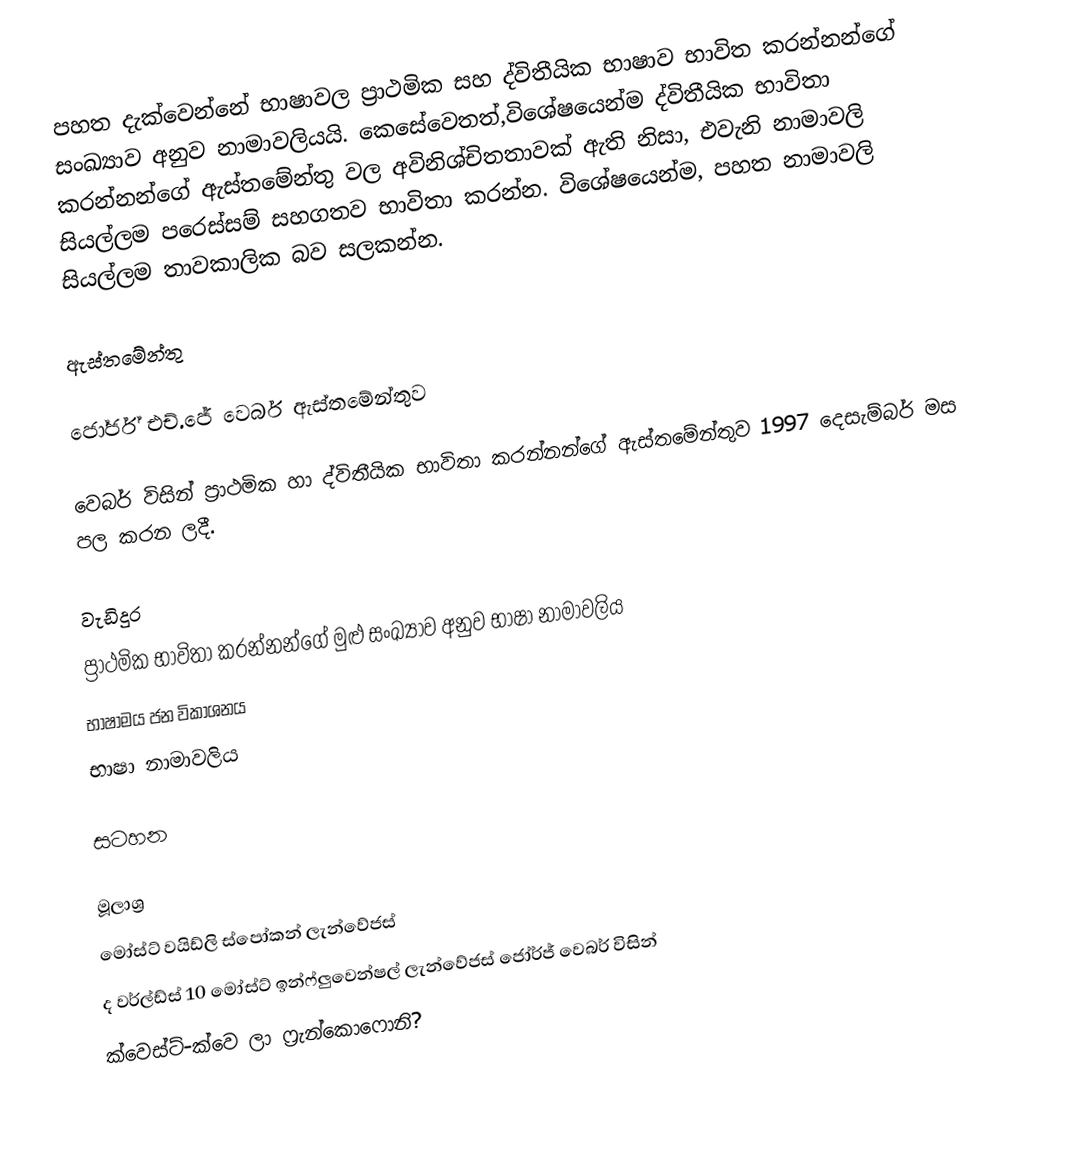
පහත දැක්වෙන්නේ භාෂාවල ප්‍රාථමික සහ ද්විතීයික භාෂාව භාවිත කරන්නන්ගේ සංඛ්‍යාව අනුව නාමාවලියයි. කෙසේවෙතත්,විශේෂයෙන්ම  ද්විතීයික භාවිතා කරන්නන්ගේ ඇස්තමේන්තු වල අවිනිශ්චිතතාවක් ඇති නිසා, එවැනි නාමාවලි සියල්ලම පරෙස්සම් සහගතව භාවිතා කරන්න. විශේෂයෙන්ම, පහත නාමාවලි සියල්ලම තාවකාලික බව සලකන්න.

ඇස්තමේන්තු

ජෝර්ජ් එච්.ජේ වෙබර් ඇස්තමේන්තුව

වෙබර් විසින් ප්‍රාථමික හා ද්විතීයික භාවිතා කරන්නන්ගේ   ඇස්තමේන්තුව 1997 දෙසැම්බර් මස පල කරන ලදී.

වැඩිදුර
 ප්‍රාථමික භාවිතා කරන්නන්ගේ මුළු සංඛ්‍යාව අනුව භාෂා නාමාවලිය
 භාෂාමය ජන විකාශනය
 භාෂා නාමාවලිය

සටහන

මූලාශ්‍ර
 මෝස්ට් වයිඩ්ලි ස්පෝකන් ලැන්වේජස්
 ද වර්ල්ඩ්ස්  10 මෝස්ට් ඉන්ෆ්ලුවෙන්ෂල් ලැන්වේජස් ජෝර්ජ් වෙබර් විසින්
 ක්වෙස්ට්-ක්වෙ ලා ෆ්‍රැන්කොෆොනි?